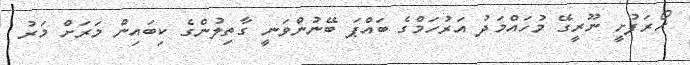
ހޯރަފުށީ ނޫރީގޭ މުހައްމަދު އަރުހަމްގެ ބައްޕަ ބޭނުންވަނީ ގާތިލުންގެ ކިބައިން މަރަށް މަރު